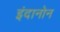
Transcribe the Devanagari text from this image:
इंदानोन